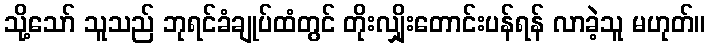
သို့သော် သူသည် ဘုရင်ခံချုပ်ထံတွင် တိုးလျှိုးတောင်းပန်ရန် လာခဲ့သူ မဟုတ်။